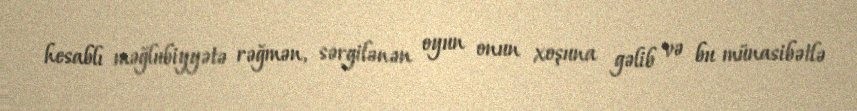
hesablı məğlubiyyətə rəğmən, sərgilənən oyun onun xoşuna gəlib və bu münasibətlə